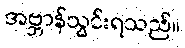
အဗ္ဘာန်သွင်းရသည်။